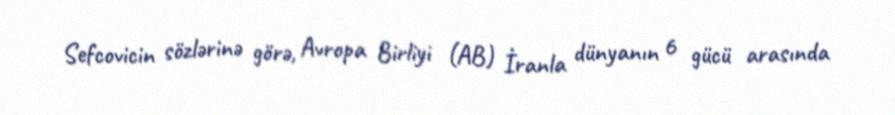
Sefcovicin sözlərinə görə, Avropa Birliyi (AB) İranla dünyanın 6 gücü arasında